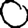
Digit: 0